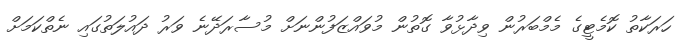
ހަރަކާތު ކޮމެޓީގެ މެމްބަރުން ވިދާޅުވާ ގޮތުން މުވައްޒަފުންނަށް މުސާރަދޭނެ ވަރު ދައުލަތުގައި ނެތްކަމަށް